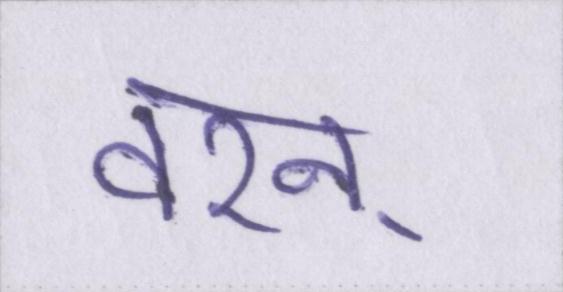
वरन्